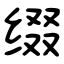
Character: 缀